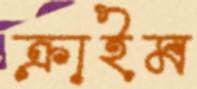
ক্রাইম